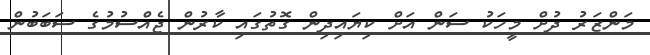
މަންޒަރު ދުށް މީހަކު ސަން އަށް ކިޔައިދިން ގޮތުގައި ކާރުން ޖެއްސުމުގެ ސަބަބުން